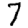
Digit: 7